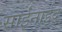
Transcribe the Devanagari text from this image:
साईंनाईद